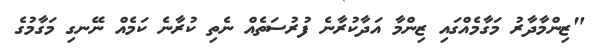
"ޒިންމާދާރު މަގާމެއްގައި ޒިންމާ އަދާކުރާނެ ފުރުސަތެއް ނެތި ކުރާނެ ކަމެއް ނޭނގި މަގާމުގެ